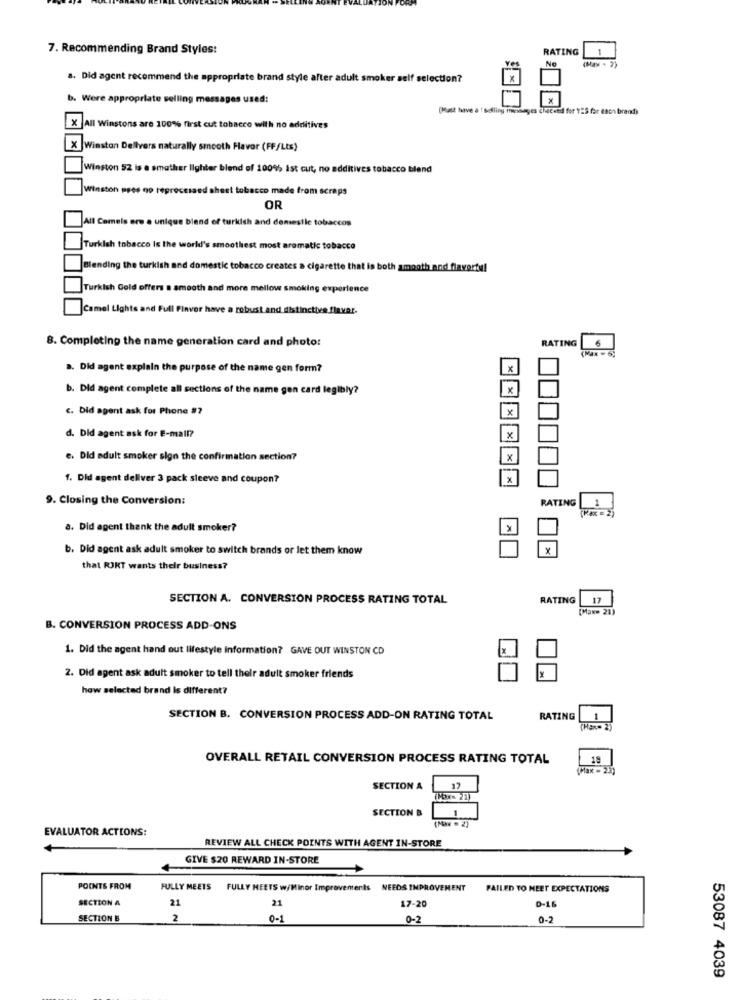
7. Recommending Brand Styles:
RATING
1
No
(May - 2)
a. Did agent recommend the appropriate brand style after adult smoker self selection?
Were appropriate selling messages used:
(Must have a ! Selling imesunges checeed for YES for each brandt)
×
All Winstons are 100% first cut tobacco with no additives
Winston Dellvers naturally smooth Favor (FF/Lts)
Winston 52 is a smother lighter blend of 100% ist cut, no additives tobacco blend
Winston ppes no teprece
tobacco made from scraps
OR
All Camels are a unique blend of turkish and demestle tobaccos
Turkish tobacco is the world's smoothest most aromatic tobacco
Blending the turkish and domestic tobacco creates a cigarette that is both amonth and flavortu!
Turkish Gold offers a smooth and more mellow smoking experience
Camel L
Full Flavor have a robust and distinctive.finvar.
8. Completing the name generation card and photo:
RATING
a. Did agent explain the purpose of the name gen form?
X
b. Did agent complete all sections of the name gen card legibly?
X
c. Did agent ask for Phone #7
d. Did agent ask for E-mail?
e. Did adult smoker sign the confirmation section?
1. Did agent deliver 3 pack sleeve and coupon?
×
9. Closing the Conversion:
RATING
(R= 2)
a. Did agent thank the adult smoker?
X
b. Did agent ask adult smoker to switch brands or let them know
that RIKT wants their business?
SECTION A. CONVERSION PROCESS RATING TOTAL
RATING
17
(Max= 21)
B. CONVERSION PROCESS ADD-ONS
1. Did the agent hand out lifestyle Information? GAVE OUT WINSTON CD
Y
2. Did agent ask adult smoker to tell their adult smoker friends
how selected brand Is different?
SECTION B. CONVERSION PROCESS ADD-ON RATING TOTAL
RATING
1
[Hex= 2)
OVERALL RETAIL CONVERSION PROCESS RATING TOTAL
(Max - 23)
SECTION A
17
(Cox- 21)
SECTION B
(Mx = 2)
EVALUATOR ACTIONS:
REVIEW ALL CHECK POINTS WITH AGENT IN-STORE
GIVE $20 REWARD IN-STORE
POINTS FROM
FULLY MEETS
FULLY MEETS w/Minor Improvements NEEDS IMPROVEMENT
FAILED TO MEET EXPECTATIONS
SECTION A
21
21
17-20
D-16
SECTION B
2
0-1
0-2
0-2
53087 4039